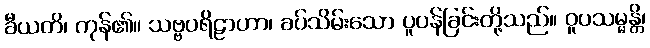
ခီယတိ၊ ကုန်၏။ သဗ္ဗပရိဠာဟာ၊ ခပ်သိမ်းသော ပူပန်ခြင်းတို့သည်။ ဝူပသမ္မန္တိ၊